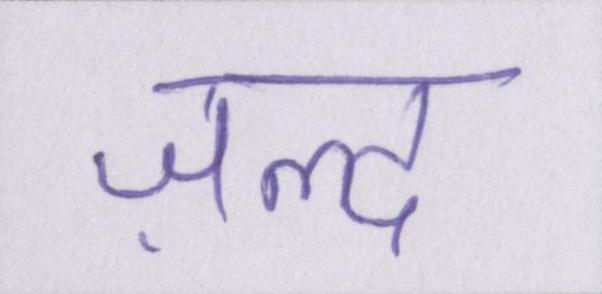
ज़ल्द